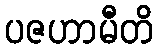
ပဇဟာမီတိ